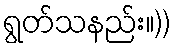
ရွတ်သနည်း။))